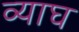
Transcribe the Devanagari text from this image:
व्याघ